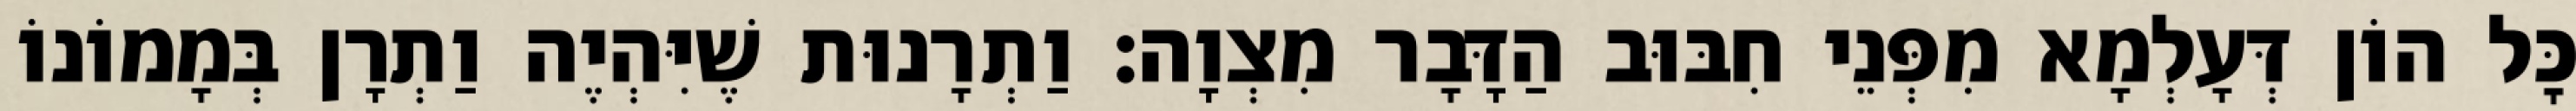
כׇּל הוֹן דְּעָלְמָא מִפְּנֵי חִבּוּב הַדָּבָר מִצְוָה: וַתְרָנוּת שֶׁיִּהְיֶה וַתְרָן בְּמָמוֹנוֹ